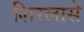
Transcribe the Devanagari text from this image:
शिरलासे